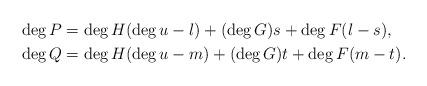
LaTeX: \begin{align*}\deg P & = \deg H(\deg u - l)+(\deg G)s+\deg F(l-s), \\\deg Q & = \deg H(\deg u - m)+(\deg G)t+\deg F(m-t). \end{align*}